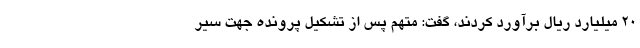
۲۰ میلیارد ریال برآورد کردند، گفت: متهم پس از تشکیل پرونده جهت سیر